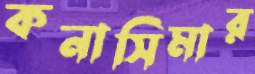
কনাসিমার